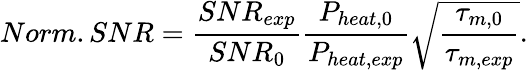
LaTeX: Norm.SNR=\frac{SNR_{exp}}{SNR_{0}}\frac{P_{heat,0}}{P_{heat,exp}}\sqrt{\frac{\tau_{m,0}}{\tau_{m,exp}}}.